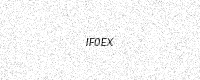
Text: IF0EX